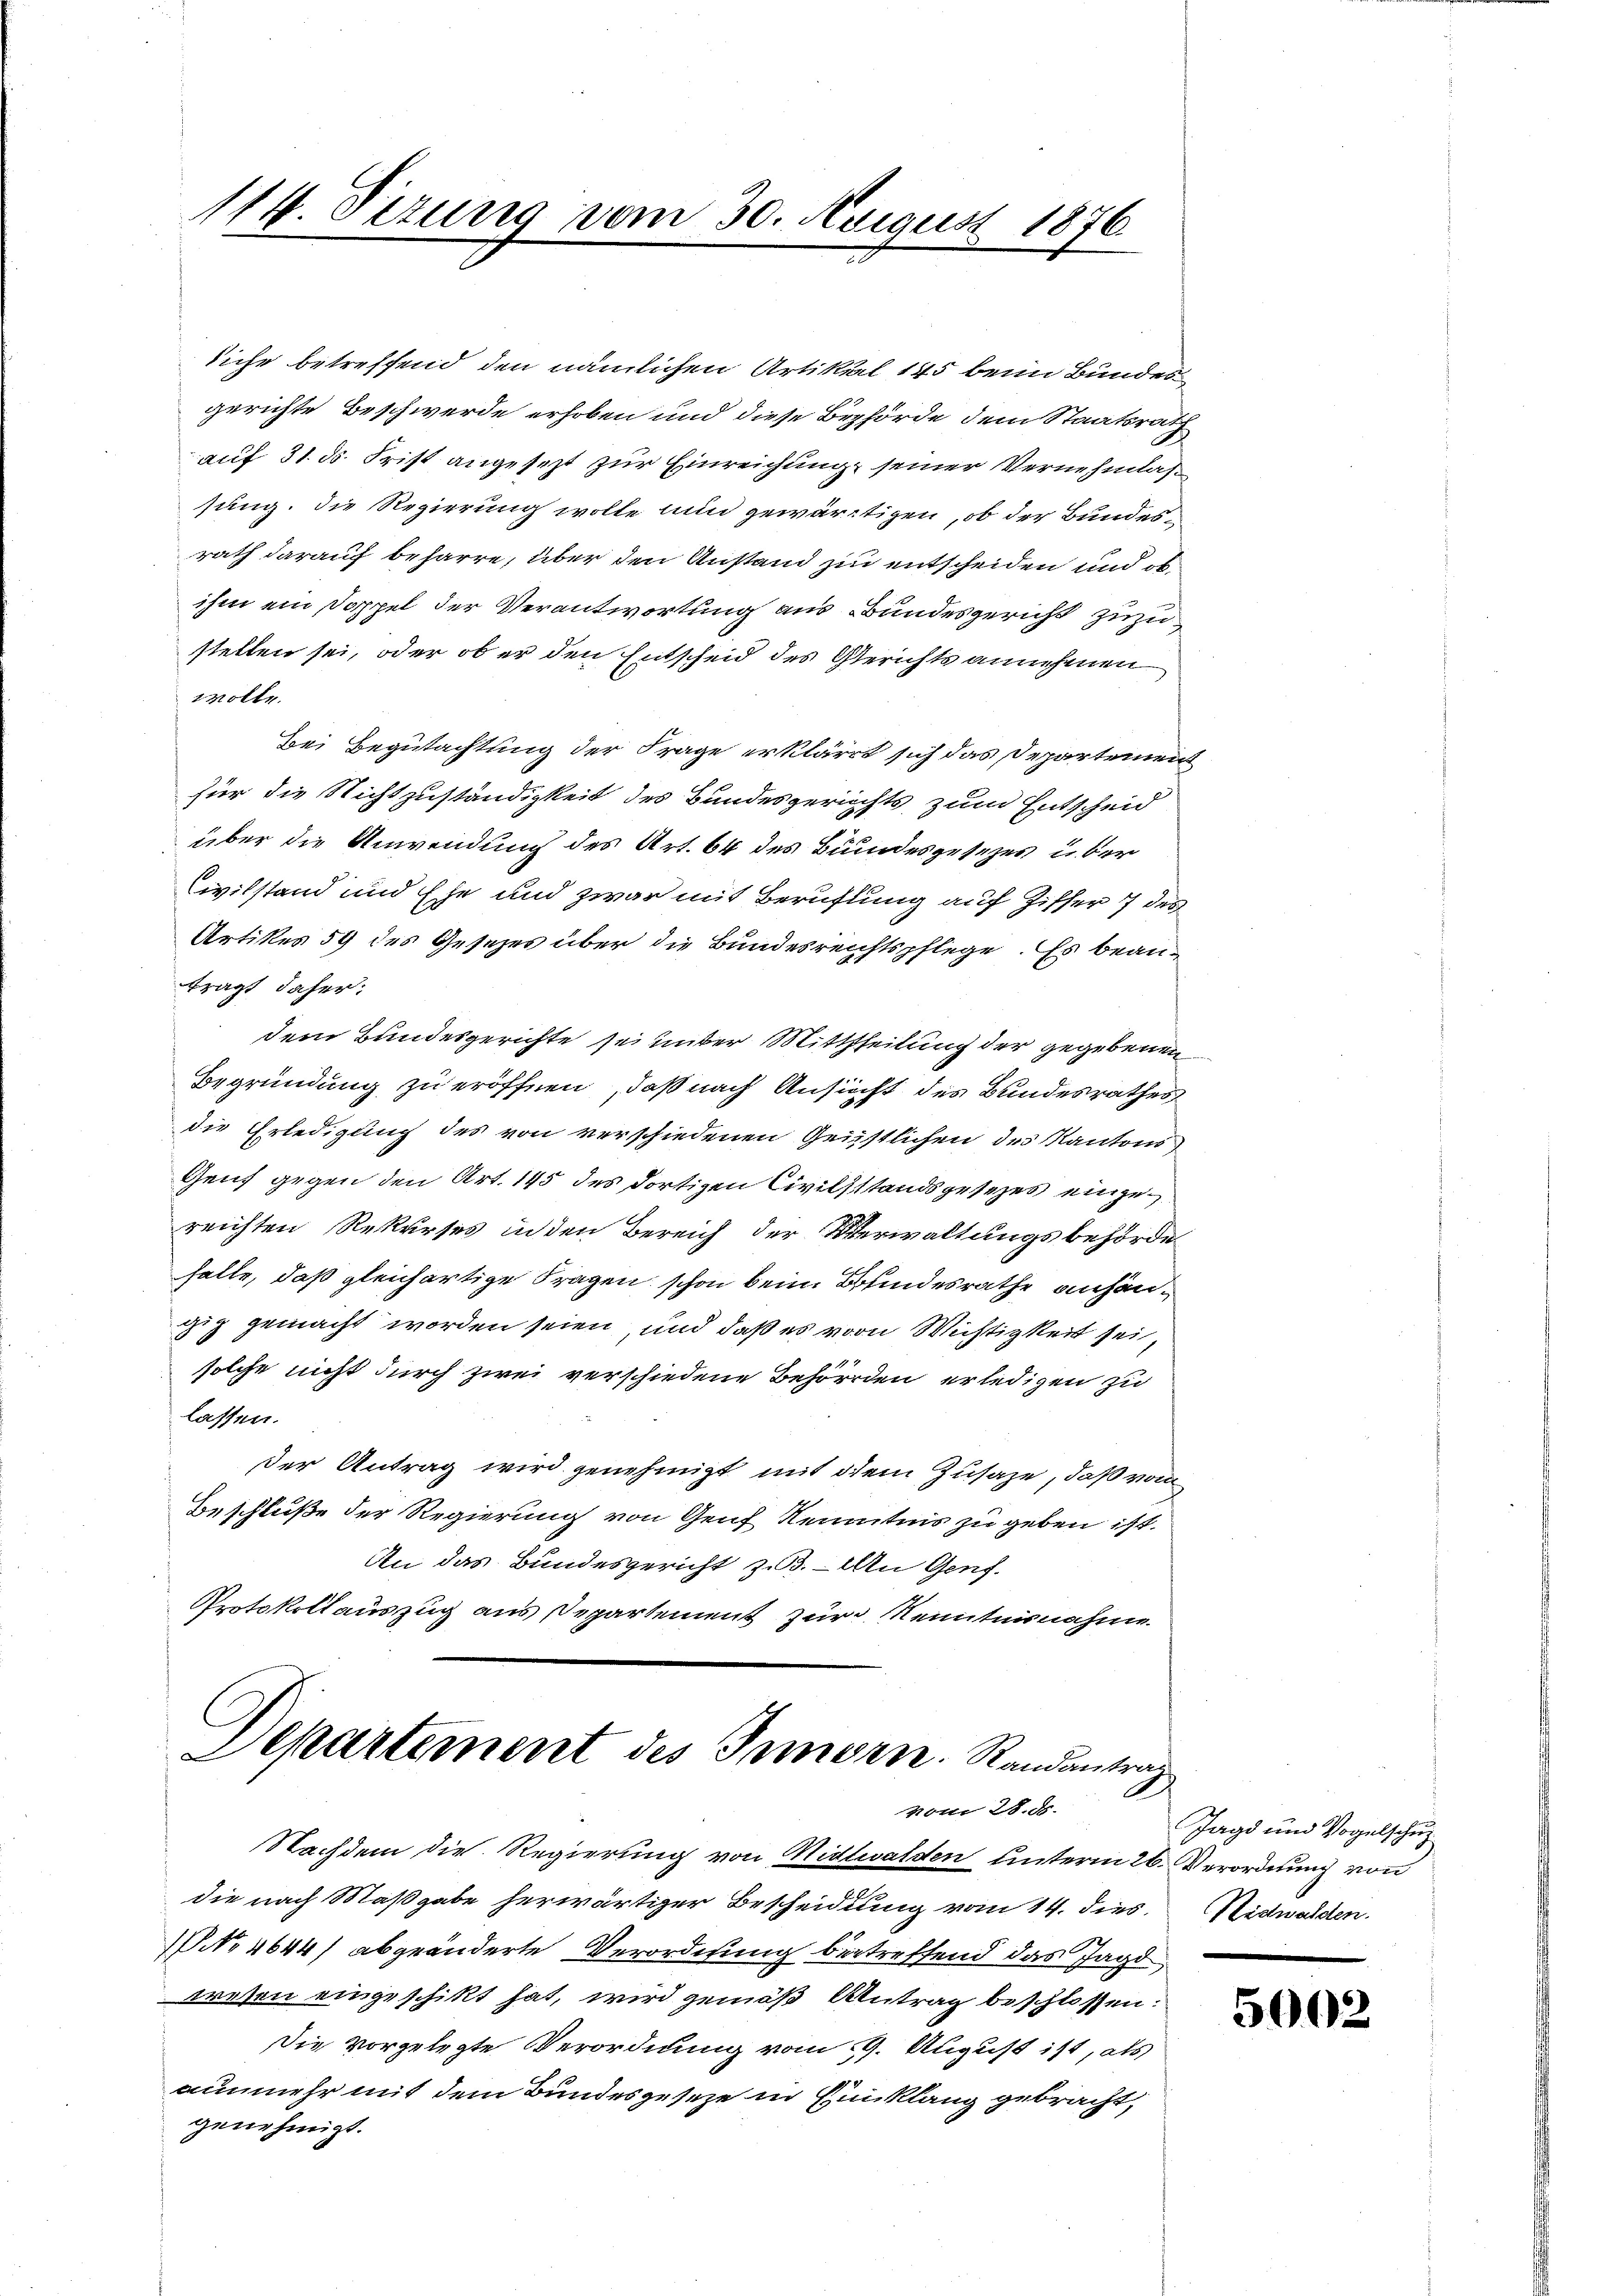
114. Sezung vom 30. August 1876

siche betreffend den nämlichen Artikel 145 beim Bundesgerichte Beschwerde erhoben und diese Behörde dem Staatsrath
auf 31. ds. Frist angesezt zur Einreichung seiner Vernehmlassung. Die Regierung wolle und gewärtigen, ob der Bundesrath darauf beharre, über den Anstand zu entscheiden und obihm ein Doppel der Verantwortung aus Bundesgericht zuzustellen sei, oder ob er den Entscheid des Gerichts annehmen
wolle.
Bei Begutachtung der Frage erklärt sich das Departement
für die Nichtzuständigkeit des Bundesgerichts zum Entscheid
über die Anwendung des Art. 64 des Bundesgesezes u. ber
Civilstand und Ehe und zwar mit Berufung auf Ziffer 7 des
Artikes 59 des Gesetzes über die Bundesreichtspflege. Es beanträgt daher:
dem Bundesgerichte sei unter Mittheilung der gegebenen
Begründung zu eröffnen, daß nach Ansucht des Bundesrathes
die Erledigung des von verschiedenen Geistlichen des Kantons
Genf gegen den Art. 145 des dortigen Civilstandsgesezes eingereichten Rekurses in den Bereich der Verwaltungsbehörde
halte, daß gleichartige Fragen schon beim Bundesrathe anhängig gemacht worden seien, und daß es von Wichtigkeit sei,
solche nicht durch zwei verschiedene Behörden erledigen zu
lassen.
der Antrag wird genehmigt mit dem Zusage, daß vom
Beschluße der Regierung von Genf Kenntnis zu geben ist.
An das Bundesgericht zu 3. — An Genf.
Protokollauszug aus Departement zur Kenntnisnahme

Departement des Innern. Randantrag,
vom 28. ds.

Nachdem die Regierung von Nidwalden unterm 26. Verordnung von
die nach Maßgabe herwärtiger Bescheidung vom 14. dies. Nidwalden.
NNo. 4644/ abgeänderte Verordnung betreffend das Jagd
wesen eingeschikt hat, wird gemäß Antrag beschlossen:
Die vorgelegte Verordnung vom 9. August ist, als
nunmehr mit dem Bundesgeseze in Einklang gebracht,
genehmigt.

Jagd und Vogelschuz

5002